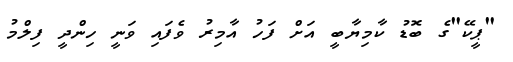
"ޕީކޭ"ގެ ބޮޑު ކާމިޔާބީ އަށް ފަހު އާމިރު ވެފައި ވަނީ ހިންދީ ފިލްމު